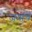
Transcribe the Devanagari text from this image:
जयांचे